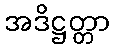
အဒိဋ္ဌတ္တာ